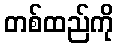
တစ်ထည်ကို